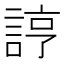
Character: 𧨑